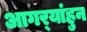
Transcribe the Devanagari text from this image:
आगर्‍यांहुन